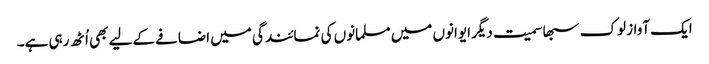
ایک آواز لوک سبھا سمیت دیگر ایوانوں میں مسلمانوں کی نمائندگی میں اضافے کےلیے بھی اُٹھ رہی ہے۔